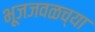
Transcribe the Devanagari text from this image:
भूजजवळच्या